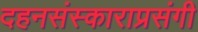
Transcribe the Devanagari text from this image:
दहनसंस्काराप्रसंगी